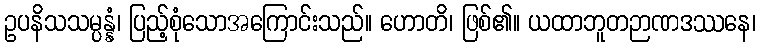
ဥပနိသသမ္ပန္နံ၊ ပြည့်စုံသောအကြောင်းသည်။ ဟောတိ၊ ဖြစ်၏။ ယထာဘူတဉာဏဒဿနေ၊